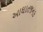
આઘાતજનક